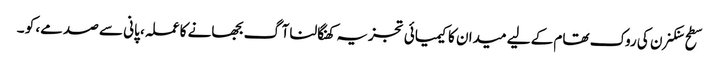
سطح سنکنرن کی روک تھام کے لیے میدان کا کیمیائی تجزیہ کھنگالنا آگ بجھانے کا عملہ، پانی سے صدمے، کو ۔